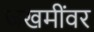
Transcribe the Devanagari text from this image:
जखमींवर